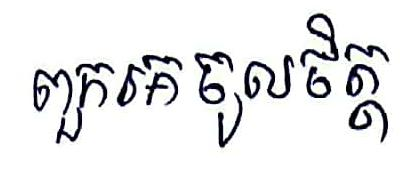
ពួកគេចូលចិត្ត